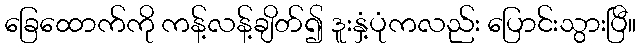
ခြေထောက်ကို ကန့်လန့်ချိတ်၍ ဒူးနှံ့ပုံကလည်း ပြောင်းသွားပြီ။